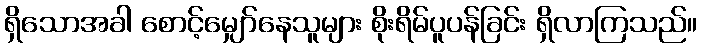
ရှိသောအခါ စောင့်မျှော်နေသူများ စိုးရိမ်ပူပန်ခြင်း ရှိလာကြသည်။